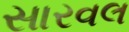
સારવલ